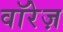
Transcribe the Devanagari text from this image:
वॉरेज़